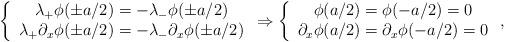
LaTeX: \begin{align*}\left\lbrace\begin{array}{c}\lambda_{+}\phi (\pm a/2)=-\lambda_{-}\phi (\pm a/2) \\\lambda_{+}\partial_{x}\phi (\pm a/2)=-\lambda_{-}\partial_{x}\phi (\pm a/2)\end{array}\right. \Rightarrow \left\lbrace\begin{array}{c}\phi (a/2)=\phi (-a/2)=0 \\\partial_{x}\phi (a/2)=\partial_{x}\phi (-a/2)=0\end{array}\right. ,\end{align*}